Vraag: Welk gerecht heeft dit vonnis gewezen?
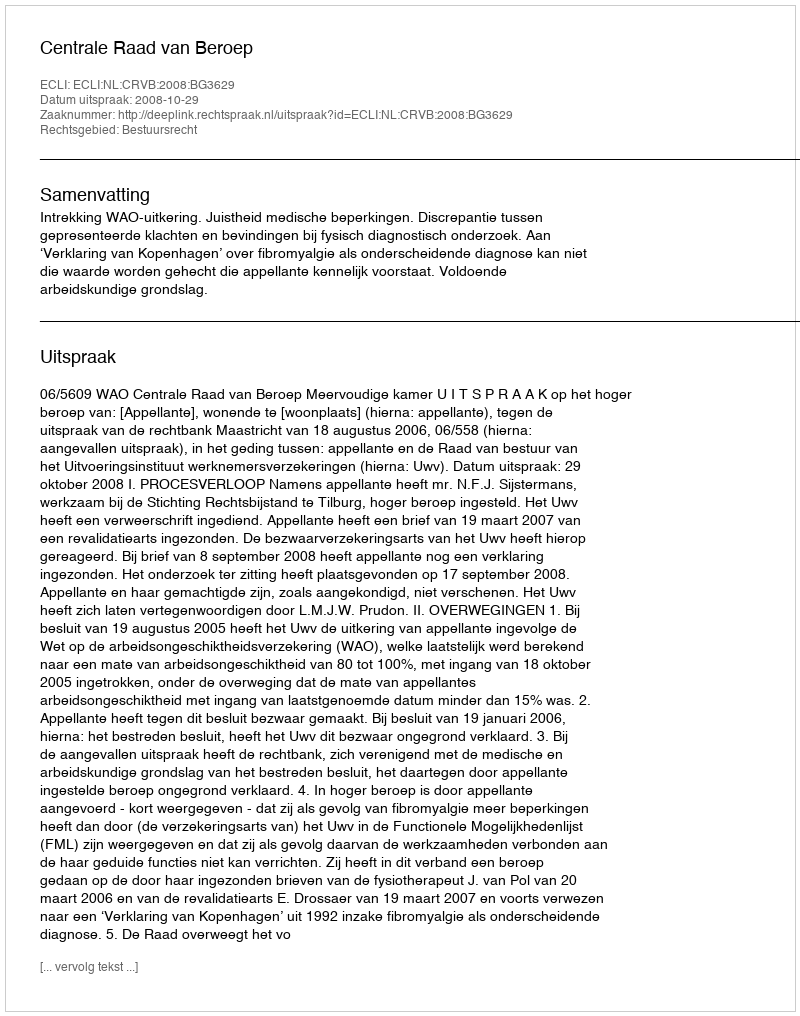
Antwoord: Centrale Raad van Beroep